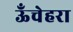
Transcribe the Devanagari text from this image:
ऊँचेहरा